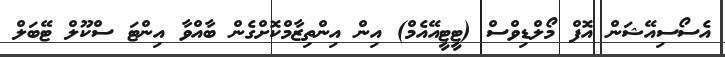
އެސޯސިއޭޝަން އޮފް މޯލްޑިވްސް (ޓީޓީއޭއެމް) އިން އިންތިޒާމްކޮށްގެން ބާއްވާ އިންޓަ ސްކޫލް ޓޭބަލް